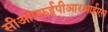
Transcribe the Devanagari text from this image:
सीओएफईपीआरआईएस